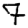
Digit: 7